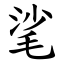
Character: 㲚